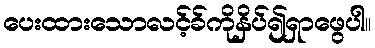
ပေးထားသောလင့်ခ်ကိုနှိပ်၍ရှာဖွေပါ။